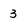
Character: 3